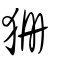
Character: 狦